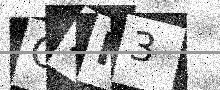
Text: OZP3